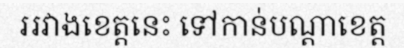
ររវាងខេត្តនេះ ទៅកាន់បណ្តាខេត្ត